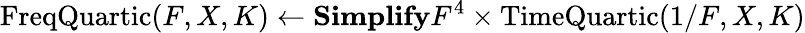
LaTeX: \textrm{FreqQuartic}(F,X,K)\gets\textbf{Simplify}F^{4}\times\textrm{TimeQuartic}(1/F,X,K)